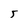
Character: 5